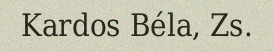
Kardos Béla, Zs.